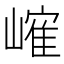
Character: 𪩐